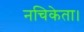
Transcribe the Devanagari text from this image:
नचिकेता।